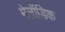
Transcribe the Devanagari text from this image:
मेलॉडिक